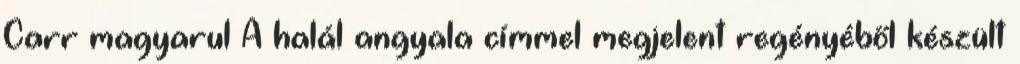
Carr magyarul A halál angyala címmel megjelent regényéből készült